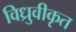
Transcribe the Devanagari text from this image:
विध्रुवीकृत